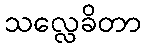
သလ္လေခိတာ